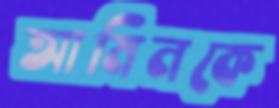
আমিনকে